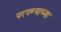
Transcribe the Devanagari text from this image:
परगण्याच्या